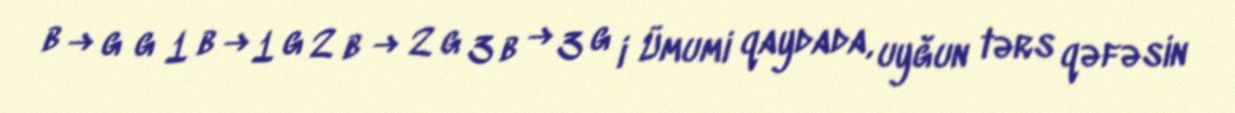
b → g g 1 b → 1 g 2 b → 2 g 3 b → 3 g i Ümumi qaydada, uyğun tərs qəfəsin